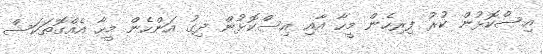
އިސްކޮޅުން ކުރު ފިރިހެން މީހާ އާއި އިސްކޮޅުން ދިގު އަންހެން މީހާ އެއްގޮތަކަސް